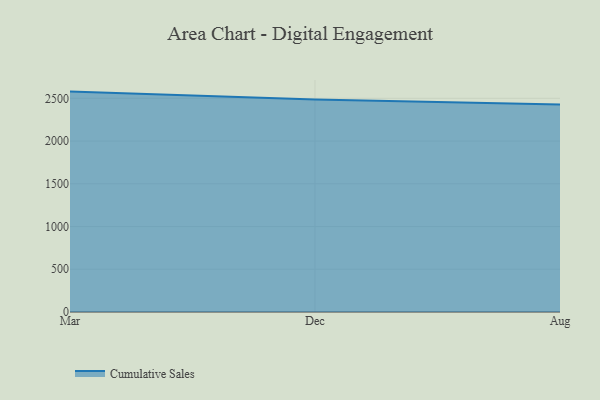
{"axis": {"x": "Month", "y": "Conversion Rate (%)"}, "legend": ["Cumulative Sales"], "data": [{"x": "Mar", "y": 2578.5, "type": "Cumulative Sales"}, {"x": "Dec", "y": 2485.3, "type": "Cumulative Sales"}, {"x": "Aug", "y": 2426.6, "type": "Cumulative Sales"}]}